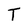
Character: T